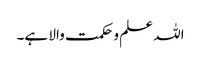
اللہ علم و حکمت والا ہے۔